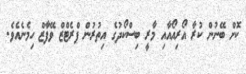
ކޮށް ބޭނުން ކުރާ އޯރިއޯއާއި މާރީ ބިސްކޯދުގެ އިތުރުން ޕްރެޓްޒް ވޭފާޒް ހިމެނެއެވެ.